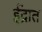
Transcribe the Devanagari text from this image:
ईंद्रात